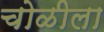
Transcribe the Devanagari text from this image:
चोळीला